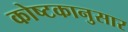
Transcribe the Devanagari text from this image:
कोष्टकानुसार